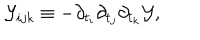
{ \cal Y } _ { i j k } \equiv - \partial _ { t _ { i } } \partial _ { t _ { j } } \partial _ { t _ { k } } { \cal Y } ,